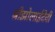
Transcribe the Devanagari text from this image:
श्रीझोलाईदेवी